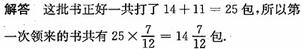
解答 这批书正好一共打了 $14 + 11 = 25$ 包，所以第一次领来的书共有 $25\times\frac{7}{12}=14\frac{7}{12}$ 包.